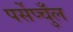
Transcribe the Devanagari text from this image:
पर्सेप्चुँल